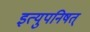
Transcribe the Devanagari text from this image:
इत्युपनिषत्‌